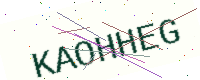
Text: KAOHHEG